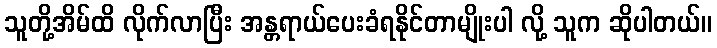
သူတို့အိမ်ထိ လိုက်လာပြီး အန္တရာယ်ပေးခံရနိုင်တာမျိုးပါ လို့ သူက ဆိုပါတယ်။